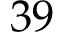
3 9